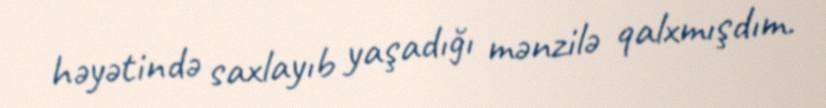
həyətində saxlayıb yaşadığı mənzilə qalxmışdım.